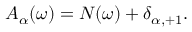
A _ { \alpha } ( \omega ) = N ( \omega ) + \delta _ { \alpha , + 1 } .